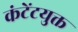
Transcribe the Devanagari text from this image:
कंटेंटयुक्त